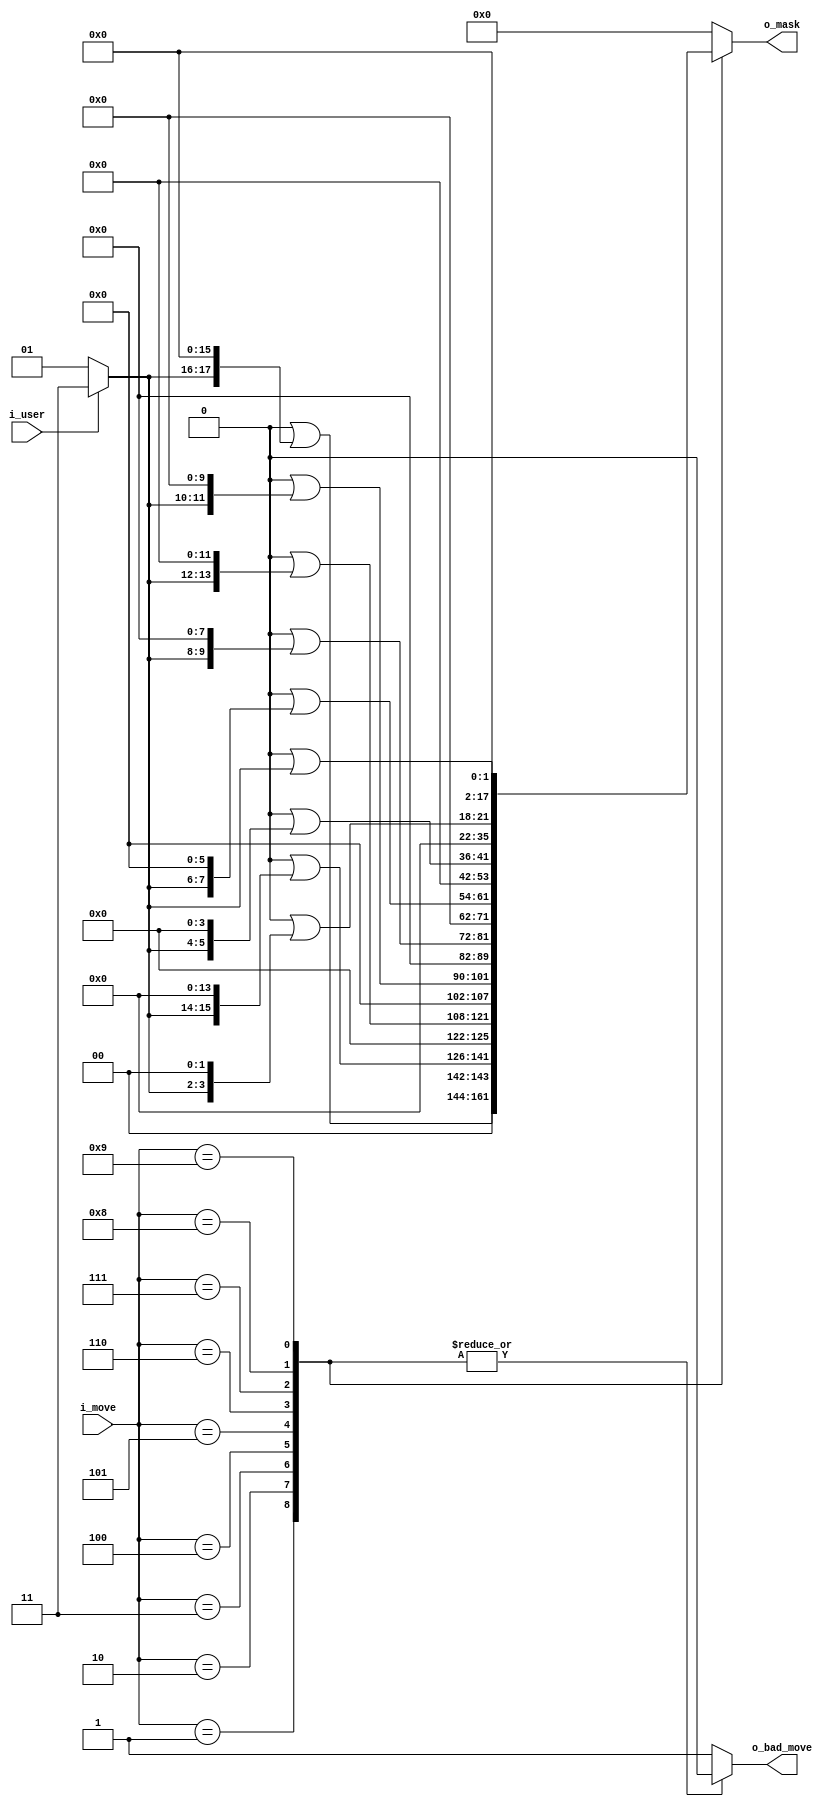
// Combinatorial logic to convert a move from
// decimal 1-9 into a 18-bit move for the user.
// Indicate bad moves as well.
//
// (c) 2018, Warren Toomey, GPL3

`default_nettype none

module movemask(i_move, i_user, o_mask, o_bad_move);
  input wire [3:0] i_move;
  input wire i_user;
  output reg [17:0] o_mask;
  output reg o_bad_move;

  wire [17:0] bitmove;		// 2-bit move mask
  assign bitmove= (i_user == 1) ? 18'd3 : 18'd1;	// X is 11, O is 01

  always @(*)
    case (i_move)
      4'd1: begin
	o_mask = 18'd0 | (bitmove << 16); o_bad_move = 0;
      end
      4'd2: begin
	o_mask = 18'd0 | (bitmove << 14); o_bad_move = 0;
      end
      4'd3: begin
	o_mask = 18'd0 | (bitmove << 12); o_bad_move = 0;
      end
      4'd4: begin
	o_mask = 18'd0 | (bitmove << 10); o_bad_move = 0;
      end
      4'd5: begin
	o_mask = 18'd0 | (bitmove << 8); o_bad_move = 0;
      end
      4'd6: begin
	o_mask = 18'd0 | (bitmove << 6); o_bad_move = 0;
      end
      4'd7: begin
	o_mask = 18'd0 | (bitmove << 4); o_bad_move = 0;
      end
      4'd8: begin
	o_mask = 18'd0 | (bitmove << 2); o_bad_move = 0;
      end
      4'd9: begin
	o_mask = 18'd0 | (bitmove << 0); o_bad_move = 0;
      end
      default: begin
	o_mask = 0; o_bad_move = 1;
      end
    endcase
endmodule